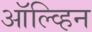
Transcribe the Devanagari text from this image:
ऑल्व्हिन